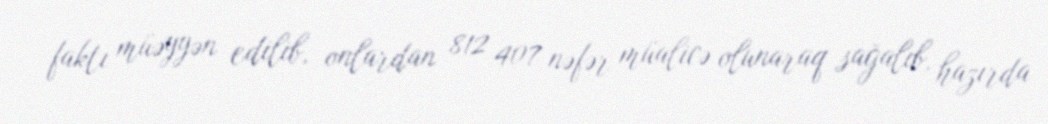
faktı müəyyən edilib, onlardan 812 407 nəfər müalicə olunaraq sağalıb, hazırda